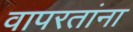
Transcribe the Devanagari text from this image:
वापरतांना